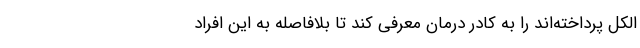
الکل پرداخته‌اند را به کادر درمان معرفی کند تا بلافاصله به این افراد